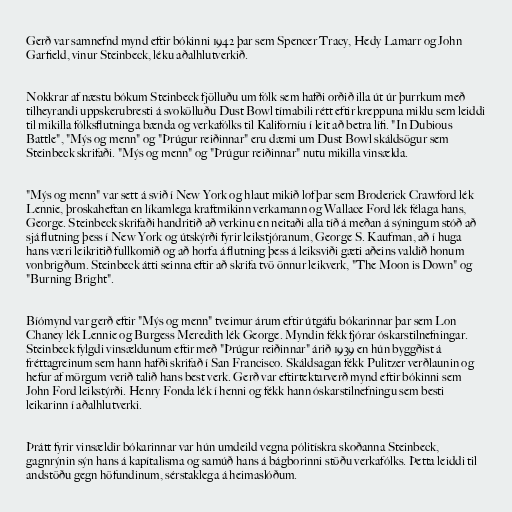
Gerð var samnefnd mynd eftir bókinni 1942 þar sem Spencer Tracy, Hedy Lamarr og John
Garfield, vinur Steinbeck, léku aðalhlutverkið.

Nokkrar af næstu bókum Steinbeck fjölluðu um fólk sem hafði orðið illa út úr þurrkum með
tilheyrandi uppskerubresti á svokölluðu Dust Bowl tímabili rétt eftir kreppuna miklu sem leiddi
til mikilla fólksflutninga bænda og verkafólks til Kaliforníu í leit að betra lífi. "In Dubious
Battle", "Mýs og menn" og "Þrúgur reiðinnar" eru dæmi um Dust Bowl skáldsögur sem
Steinbeck skrifaði. "Mýs og menn" og "Þrúgur reiðinnar" nutu mikilla vinsælda.

"Mýs og menn" var sett á svið í New York og hlaut mikið lof þar sem Broderick Crawford lék
Lennie, þroskaheftan en líkamlega kraftmikinn verkamann og Wallace Ford lék félaga hans,
George. Steinbeck skrifaði handritið að verkinu en neitaði alla tíð á meðan á sýningum stóð að
sjá flutning þess í New York og útskýrði fyrir leikstjóranum, George S. Kaufman, að í huga
hans væri leikritið fullkomið og að horfa á flutning þess á leiksviði gæti aðeins valdið honum
vonbrigðum. Steinbeck átti seinna eftir að skrifa tvö önnur leikverk, "The Moon is Down" og
"Burning Bright".

Bíómynd var gerð eftir "Mýs og menn" tveimur árum eftir útgáfu bókarinnar þar sem Lon
Chaney lék Lennie og Burgess Meredith lék George. Myndin fékk fjórar óskarstilnefningar.
Steinbeck fylgdi vinsældunum eftir með "Þrúgur reiðinnar" árið 1939 en hún byggðist á
fréttagreinum sem hann hafði skrifað í San Francisco. Skáldsagan fékk Pulitzer verðlaunin og
hefur af mörgum verið talið hans best verk. Gerð var eftirtektarverð mynd eftir bókinni sem
John Ford leikstýrði. Henry Fonda lék í henni og fékk hann óskarstilnefningu sem besti
leikarinn í aðalhlutverki.

Þrátt fyrir vinsældir bókarinnar var hún umdeild vegna pólitískra skoðanna Steinbeck,
gagnrýnin sýn hans á kapítalisma og samúð hans á bágborinni stöðu verkafólks. Þetta leiddi til
andstöðu gegn höfundinum, sérstaklega á heimaslóðum.